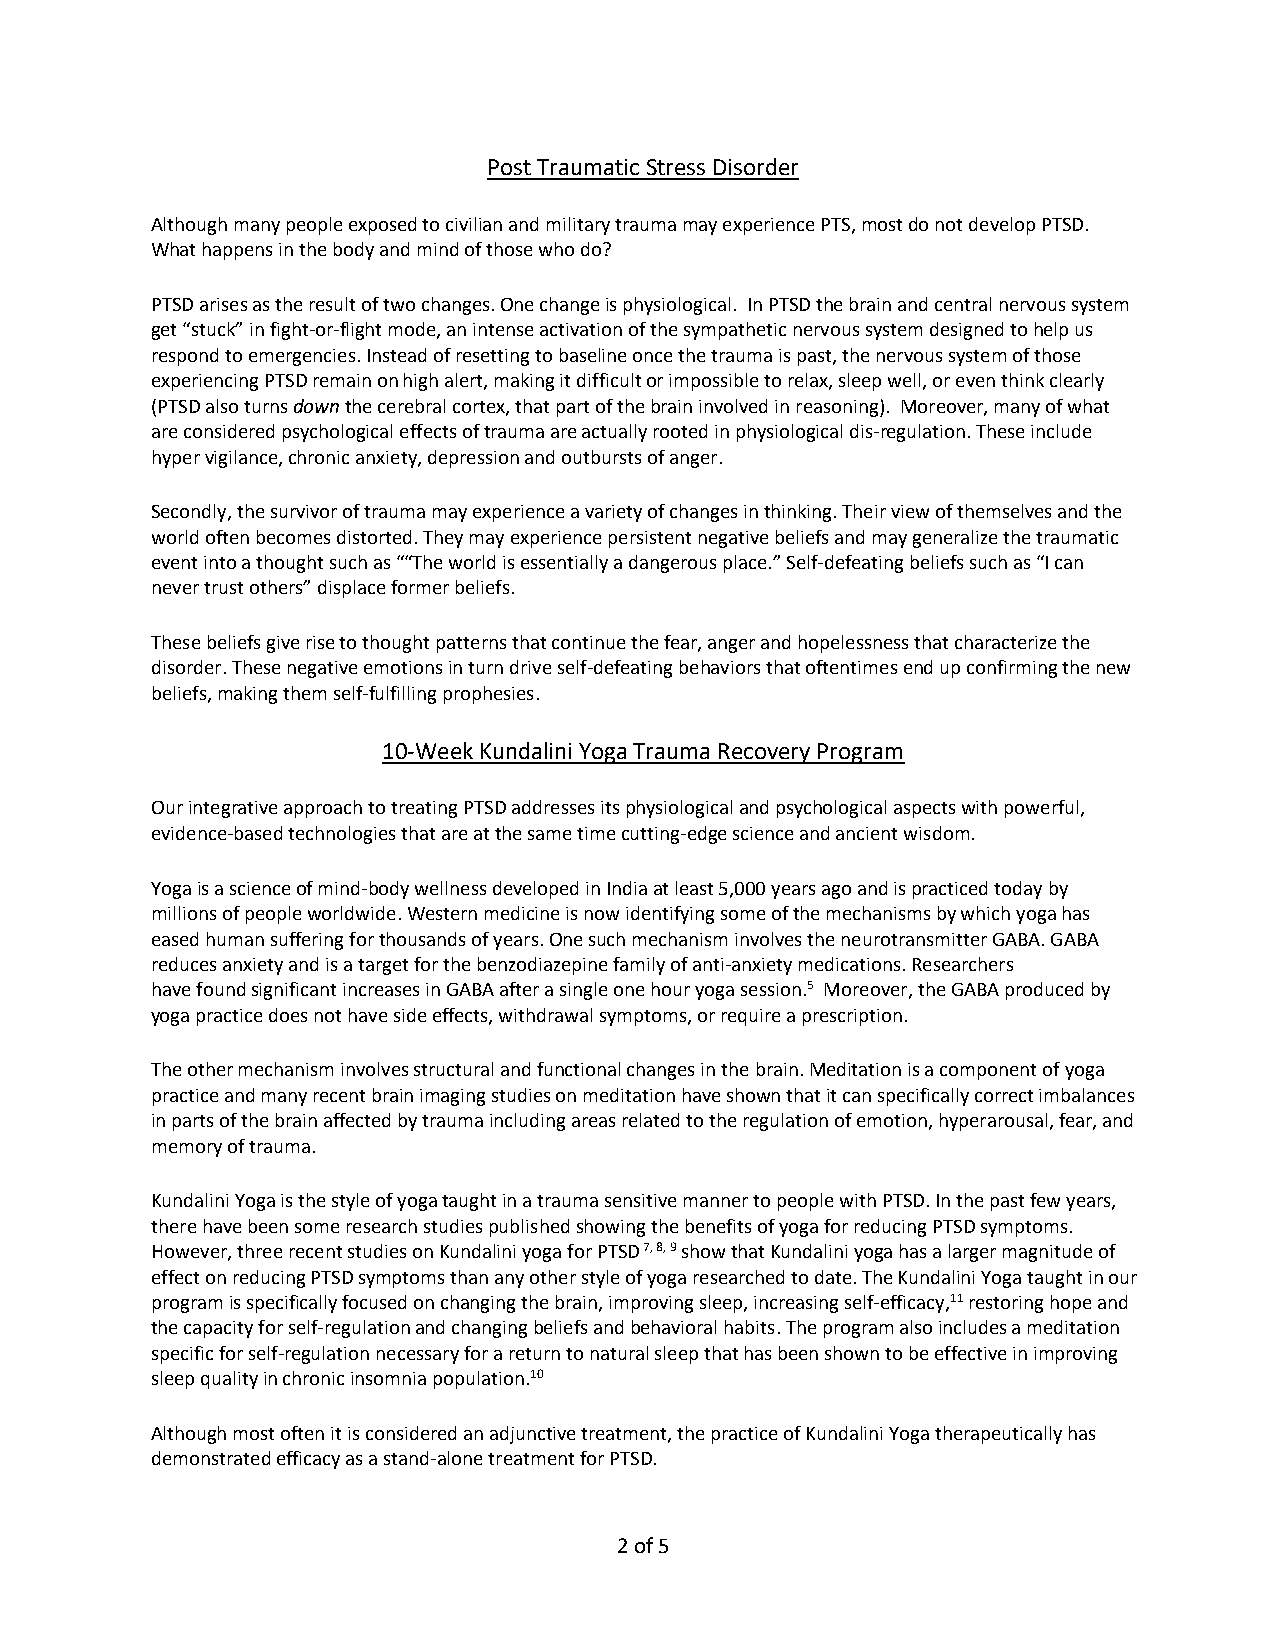
Post Traumatic Stress Disorder
 Although many people exposed to civilian and military trauma may experience PTS, most do not develop PTSD.
 What happens in the body and mind of those who do?
 PTSD arises as the result of two changes. One change is physiological. In PTSD the brain and central nervous system
 get “stuck” in fight-or-flight mode, an intense activation of the sympathetic nervous system designed to help us
 respond to emergencies. Instead of resetting to baseline once the trauma is past, the nervous system of those
 experiencing PTSD remain on high alert, making it difficult or impossible to relax, sleep well, or even think clearly
 (PTSD also turns down the cerebral cortex, that part of the brain involved in reasoning). Moreover, many of what
 are considered psychological effects of trauma are actually rooted in physiological dis-regulation. These include
 hyper vigilance, chronic anxiety, depression and outbursts of anger.
 Secondly, the survivor of trauma may experience a variety of changes in thinking. Their view of themselves and the
 world often becomes distorted. They may experience persistent negative beliefs and may generalize the traumatic
 event into a thought such as ““The world is essentially a dangerous place.” Self-defeating beliefs such as “I can
 never trust others” displace former beliefs.
 These beliefs give rise to thought patterns that continue the fear, anger and hopelessness that characterize the
 disorder. These negative emotions in turn drive self-defeating behaviors that oftentimes end up confirming the new
 beliefs, making them self-fulfilling prophesies.
 10-Week Kundalini Yoga Trauma Recovery Program
 Our integrative approach to treating PTSD addresses its physiological and psychological aspects with powerful,
 evidence-based technologies that are at the same time cutting-edge science and ancient wisdom.
 Yoga is a science of mind-body wellness developed in India at least 5,000 years ago and is practiced today by
 millions of people worldwide. Western medicine is now identifying some of the mechanisms by which yoga has
 eased human suffering for thousands of years. One such mechanism involves the neurotransmitter GABA. GABA
 reduces anxiety and is a target for the benzodiazepine family of anti-anxiety medications. Researchers
 have found significant increases in GABA after a single one hour yoga session.5 Moreover, the GABA produced by
 yoga practice does not have side effects, withdrawal symptoms, or require a prescription.
 The other mechanism involves structural and functional changes in the brain. Meditation is a component of yoga
 practice and many recent brain imaging studies on meditation have shown that it can specifically correct imbalances
 in parts of the brain affected by trauma including areas related to the regulation of emotion, hyperarousal, fear, and
 memory of trauma.
 Kundalini Yoga is the style of yoga taught in a trauma sensitive manner to people with PTSD. In the past few years,
 there have been some research studies published showing the benefits of yoga for reducing PTSD symptoms.
 However, three recent studies on Kundalini yoga for PTSD 7, 8, 9 show that Kundalini yoga has a larger magnitude of
 effect on reducing PTSD symptoms than any other style of yoga researched to date. The Kundalini Yoga taught in our
 program is specifically focused on changing the brain, improving sleep, increasing self-efficacy,11 restoring hope and
 the capacity for self-regulation and changing beliefs and behavioral habits. The program also includes a meditation
 specific for self-regulation necessary for a return to natural sleep that has been shown to be effective in improving
 sleep quality in chronic insomnia population.10
 Although most often it is considered an adjunctive treatment, the practice of Kundalini Yoga therapeutically has
 demonstrated efficacy as a stand-alone treatment for PTSD.
 2 of 5